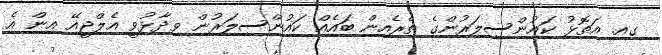
ގއ. އަތޮޅު ކައުންސިލަރުންގެ ތެރެއިން ބައެއް ކައުންސިލަރުން ވިދާޅުވީ އެލްޖީއޭ އިން އެ